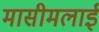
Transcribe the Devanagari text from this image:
मासीमलाई